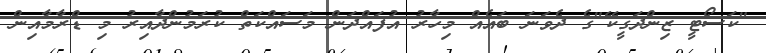
"ކަސޯޓީ ޒިންދަގީކޭ"ގެ ދެވަނަ ބައެއް މިހާރު އުފައްދަން މަސައްކަތް ކުރަމުންދާއިރު މި ޑްރާމާއިން